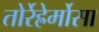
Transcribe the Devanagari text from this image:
तोर्रेह्रेर्मोसा